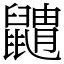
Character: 䶇